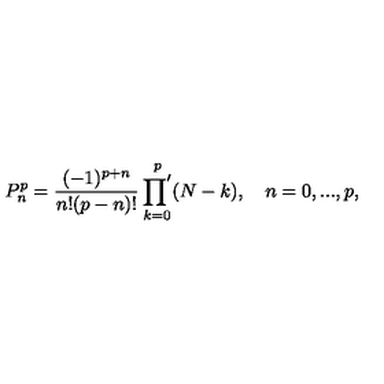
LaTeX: P _ { n } ^ { p } = \frac { ( - 1 ) ^ { p + n } } { n ! ( p - n ) ! } \mathop { { \prod } ^ { \prime } } _ { k = 0 } ^ { p } ( N - k ) , \quad n = 0 , . . . , p ,